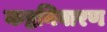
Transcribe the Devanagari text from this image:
कष्टनिवारण